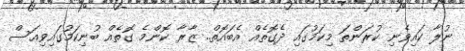
ނުލާ ކައިވެނި ކުރަންތަ މިކަމުގައި ދެގޮތެއް އެބައޮތް.. ޒާރާ ކޮންމެ ގޮތެއް ބުނިކަމުގައިވިއަސް